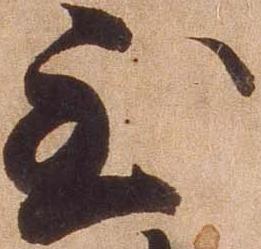
至